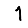
Digit: 1